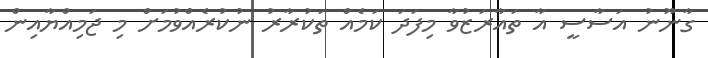
ގާނޫނު އަސާސީ އާ ތައާރަޒުވާ މިފަދަ ކަމެއް ތަކުރާރު ނުކުރެއްވުމަށް މި ޖަމިއްޔާއިން